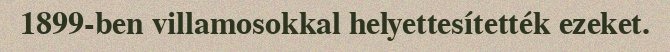
1899-ben villamosokkal helyettesítették ezeket.